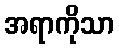
အရာကိုသာ